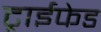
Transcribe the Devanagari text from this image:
ट्राईफेड